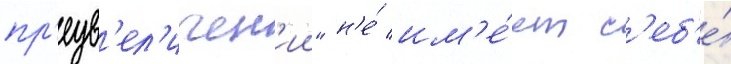
пр'еув'ел'ичен'ии" н'е́ им'е́ет с'еб'е́